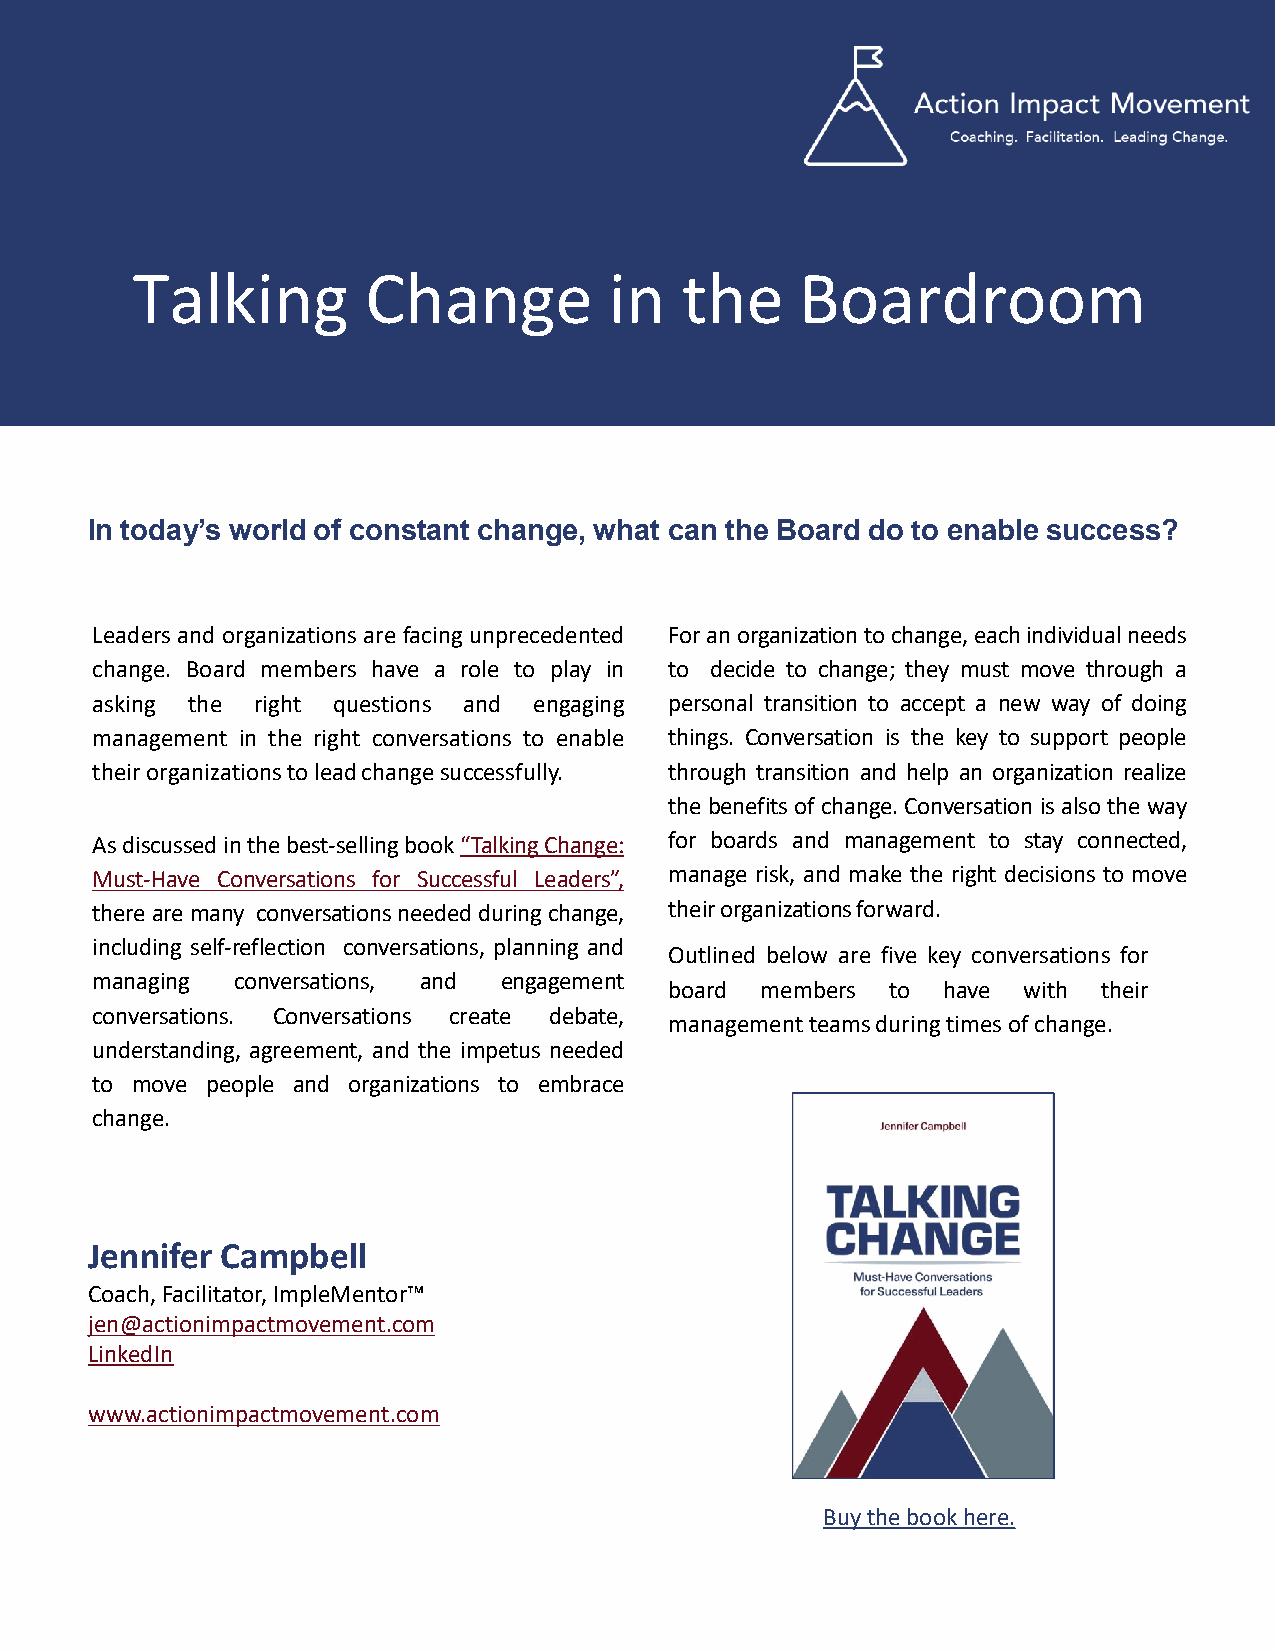
Talking        Change          in   the     Boardroom
 In today’s world of constant change, what can the Board do to enable success?
 Leaders and organizations are facingunprecedented Foranorganizationtochange,eachindividualneeds
 change. Board members have a role to play in to decide to change; they must move through a
 asking the right questions and engaging personal transition to accept a new way of doing
 management in the right conversations to enable things. Conversation is the key to support people
 theirorganizationstoleadchangesuccessfully. through transition and help an organization realize
 thebenefits of change.Conversation isalso the way
 Asdiscussedinthebest-sellingbook“TalkingChange: for boards and management to stay connected,
 Must-Have Conversations for Successful Leaders”, manage risk, and make the right decisions to move
 therearemany conversationsneededduringchange, theirorganizationsforward.
 including self-reflection conversations, planning and
 Outlined below are five key conversations for
 managing conversations, and engagement
 board members  to have  with their
 conversations. Conversations create debate,
 managementteamsduringtimesofchange.
 understanding, agreement, and the impetus needed
 to move people and organizations to embrace
 change.
 Jennifer Campbell
 Coach,Facilitator,ImpleMentor™
 jen@actionimpactmovement.com
 LinkedIn
 www.actionimpactmovement.com
 Buy the book here.
 © 2020 KPMG LLP, an Ontario limited liability partnership and a member firm of the KPMG global organization of independent member firms affiliated with KPMG International Limited, a private English company limited by guarantee. All rightsreserved.